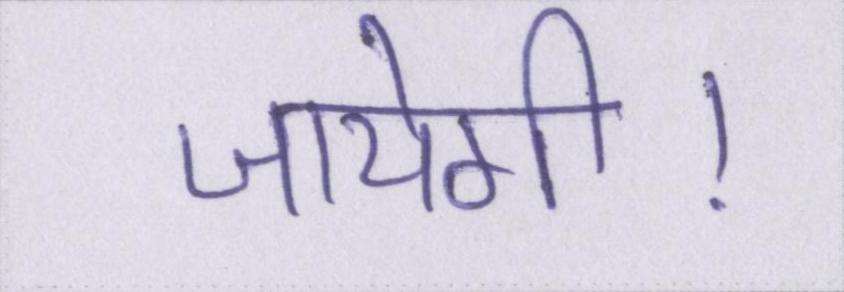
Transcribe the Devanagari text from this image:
जायेगी।